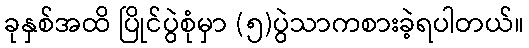
ခုနှစ်အထိ ပြိုင်ပွဲစုံမှာ (၅)ပွဲသာကစားခဲ့ရပါတယ်။